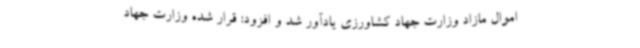
اموال مازاد وزارت جهاد کشاورزی یادآور شد و افزود: قرار شده وزارت جهاد